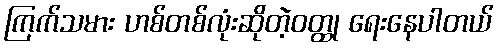
ကြက်သမား ဟစ်တစ်လုံးဆိုတဲ့ဝတ္ထု ရေးနေပါတယ်